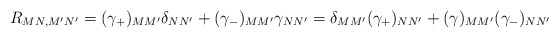
\begin{align*}R_{MN,M'N'} = (\gamma_{+})_{MM'} \delta_{NN'} + (\gamma_{-})_{MM'}\gamma_{NN'} = \delta_{MM'} (\gamma_{+})_{NN'} + (\gamma)_{MM'} (\gamma_{-})_{NN'} \end{align*}